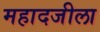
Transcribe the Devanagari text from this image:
महादजीला